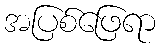
အပြစ်ဖြေရာ